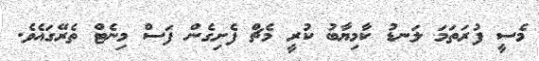
މެސީ ފުރަތަމަ ލަނޑު ކާމިޔާބު ކުރީ މެޗް ފެށިގެން ފަސް މިނެޓް ތެރޭގައެވެ.